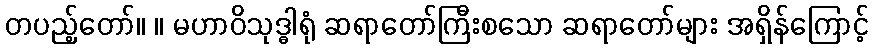
တပည့်တော်။ ။ မဟာဝိသုဒ္ဓါရုံ ဆရာတော်ကြီးစသော ဆရာတော်များ အရှိန်ကြောင့်